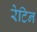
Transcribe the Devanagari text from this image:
रेटिन